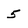
Character: 5